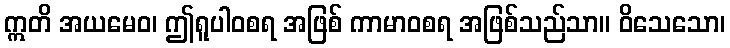
ဣတိ အယမေဝ၊ ဤရူပါဝစရ အဖြစ် ကာမာဝစရ အဖြစ်သည်သာ။ ဝိသေသော၊